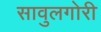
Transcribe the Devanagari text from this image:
सावुलगोरी